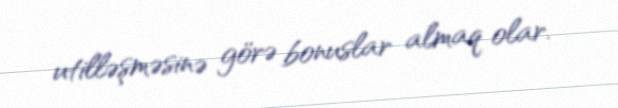
utilləşməsinə görə bonuslar almaq olar.